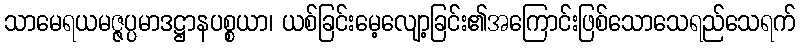
သာမေရယမဇ္ဇပ္ပမာဒဋ္ဌာနပစ္စယာ၊ ယစ်ခြင်းမေ့လျော့ခြင်း၏အကြောင်းဖြစ်သောသေရည်သေရက်